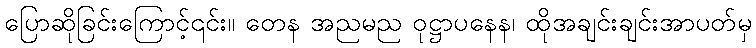
ပြောဆိုခြင်းကြောင့်၎င်း။ တေန အညမည ဝုဋ္ဌာပနေန၊ ထိုအချင်းချင်းအာပတ်မှ